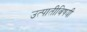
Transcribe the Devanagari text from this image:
उत्पातीविषयी